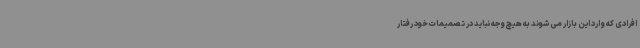
افرادی که وارد این بازار می شوند به هیچ وجه نباید در تصمیمات خود رفتار